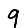
Digit: 9